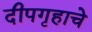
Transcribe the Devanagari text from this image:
दीपगृहाचे